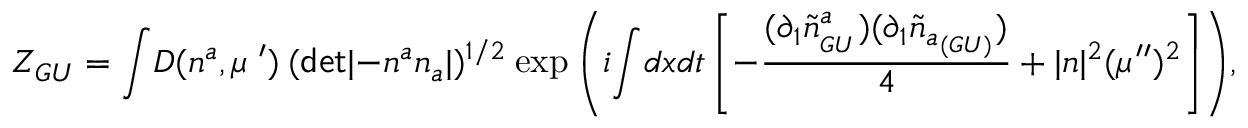
{ \cal Z } _ { G U } = { \displaystyle \int } { \cal D } ( n ^ { a } , \mu ^ { \; \prime } ) ~ ( { \sf d e t } | - n ^ { a } n _ { a } | ) ^ { 1 / 2 } ~ { \exp { \left( i { \displaystyle \int } d x d t \left[ - \frac { \displaystyle ( \partial _ { 1 } { \widetilde n } _ { _ { G U } } ^ { a } ) ( \partial _ { 1 } { \widetilde n } _ { a _ { ( G U ) } } ) } { \displaystyle 4 } + | n | ^ { 2 } ( \mu ^ { \prime \prime } ) ^ { 2 } \right] \right) } } ,